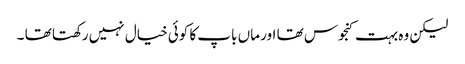
لیکن وہ بہت کنجوس تھا اور ماں باپ کا کوئی خیال نہیں رکھتا تھا ۔